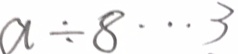
a \div 8 \cdots 3